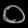
Digit: ၀